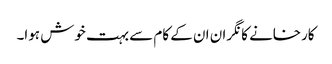
کارخانے کا نگران ان کے کام سے بہت خوش ہوا۔